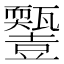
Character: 𤮵